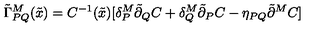
\tilde { \Gamma } _ { P Q } ^ { M } ( \tilde { x } ) = C ^ { - 1 } ( \tilde { x } ) [ \delta _ { P } ^ { M } \tilde { \partial } _ { Q } C + \delta _ { Q } ^ { M } \tilde { \partial } _ { P } C - \eta _ { P Q } \tilde { \partial } ^ { M } C ]